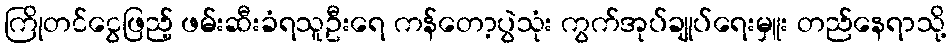
ကြိုတင်ငွေဖြည့် ဖမ်းဆီးခံရသူဦးရေ ကန်တော့ပွဲသုံး ကွက်အုပ်ချုပ်ရေးမှူး တည်နေရာသို့